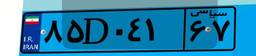
۶۲D۷۱۴۶۵